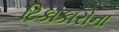
ટિકાકારોના